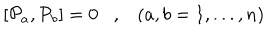
\left[ { { \cal P } } _ { a } , { { \cal P } } _ { b } \right] = 0 , \left( a , b = 1 , . . . , n \right)